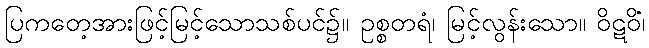
ပြကတေ့အားဖြင့်မြင့်သောသစ်ပင်၌။ ဥစ္စတရံ၊ မြင့်လွန်းသော။ ဝိဋဝိံ၊